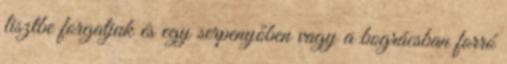
lisztbe forgatjuk és egy serpenyőben vagy a bográcsban forró